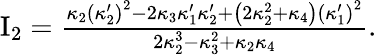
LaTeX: \begin{array}{r}{\mathrm{I}_{2}=\frac{\kappa_{2}\left(\kappa_{2}^{\prime}\right)^{2}-2\kappa_{3}\kappa_{1}^{\prime}\kappa_{2}^{\prime}+\left(2\kappa_{2}^{2}+\kappa_{4}\right)\left(\kappa_{1}^{\prime}\right)^{2}}{2\kappa_{2}^{3}-\kappa_{3}^{2}+\kappa_{2}\kappa_{4}}.}\end{array}